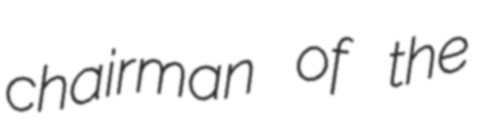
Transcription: chairman of the